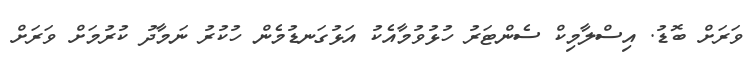
ވަރަށް ބޮޑު. އިސްލާމިކް ސެންޓަރު ހުޅުވުމާއެކު އަޅުގަނޑުމެން ހުކުރު ނަމާދު ކުރުމަށް ވަރަށް